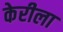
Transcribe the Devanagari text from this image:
केरीला